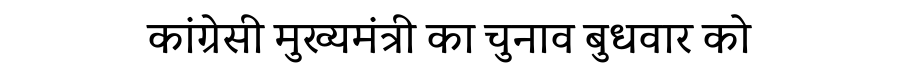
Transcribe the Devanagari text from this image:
कांग्रेसी मुख्यमंत्री का चुनाव बुधवार को